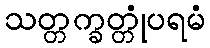
သတ္တက္ခတ္တုံပရမံ